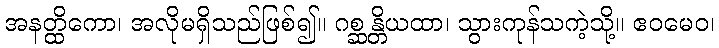
အနတ္ထိကော၊ အလိုမရှိသည်ဖြစ်၍။ ဂစ္ဆန္တိယထာ၊ သွားကုန်သကဲ့သို့။ ဧဝမေဝ၊